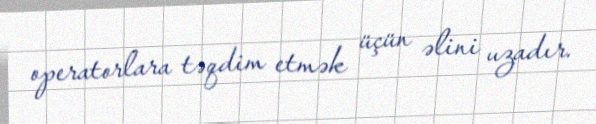
operatorlara təqdim etmək üçün əlini uzadır.